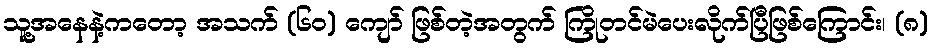
သူ့အနေနဲ့ကတော့ အသက် (၆၀) ကျော် ဖြစ်တဲ့အတွက် ကြိုတင်မဲပေးလိုက်ပြီဖြစ်ကြောင်း၊ (၈)